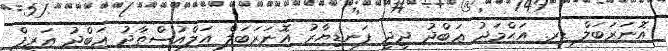
އޮނަރަބަލް ޑރ. އަޙްމަދު ޢަބްދު ދީދީ ފަނޑިޔާރު އޮނަރަބަލް އަލްއުސްތާޛު ޢަބްދު ޢަރީފް